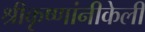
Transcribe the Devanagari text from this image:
श्रीकृष्णांनीकेली